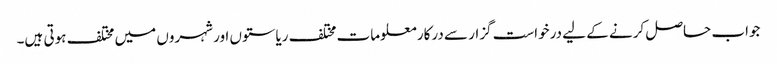
جواب حاصل کرنے کے لیے درخواست گزار سے درکار معلومات مختلف ریاستوں اور شہروں میں مختلف ہوتی ہیں۔